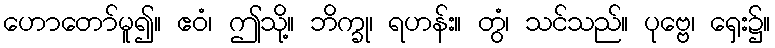
ဟောတော်မူ၍။ ဧဝံ၊ ဤသို့။ ဘိက္ခု၊ ရဟန်း။ တွံ၊ သင်သည်။ ပုဗ္ဗေ၊ ရှေး၌။